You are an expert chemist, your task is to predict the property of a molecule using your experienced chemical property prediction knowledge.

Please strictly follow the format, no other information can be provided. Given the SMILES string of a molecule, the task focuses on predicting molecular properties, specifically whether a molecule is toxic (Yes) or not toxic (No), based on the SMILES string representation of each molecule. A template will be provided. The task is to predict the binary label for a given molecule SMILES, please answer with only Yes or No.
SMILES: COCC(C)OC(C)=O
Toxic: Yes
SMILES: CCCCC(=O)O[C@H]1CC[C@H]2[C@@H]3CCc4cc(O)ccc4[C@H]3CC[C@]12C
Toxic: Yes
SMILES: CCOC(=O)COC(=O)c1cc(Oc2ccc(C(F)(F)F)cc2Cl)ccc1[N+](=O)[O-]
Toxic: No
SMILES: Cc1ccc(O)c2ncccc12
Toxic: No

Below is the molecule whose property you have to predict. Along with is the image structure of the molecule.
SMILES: CC[N+](C)(CC)CC
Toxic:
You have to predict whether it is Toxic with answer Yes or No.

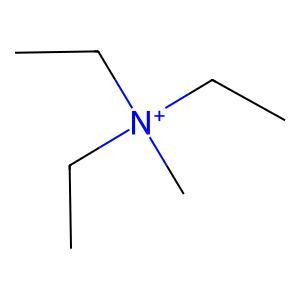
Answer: No